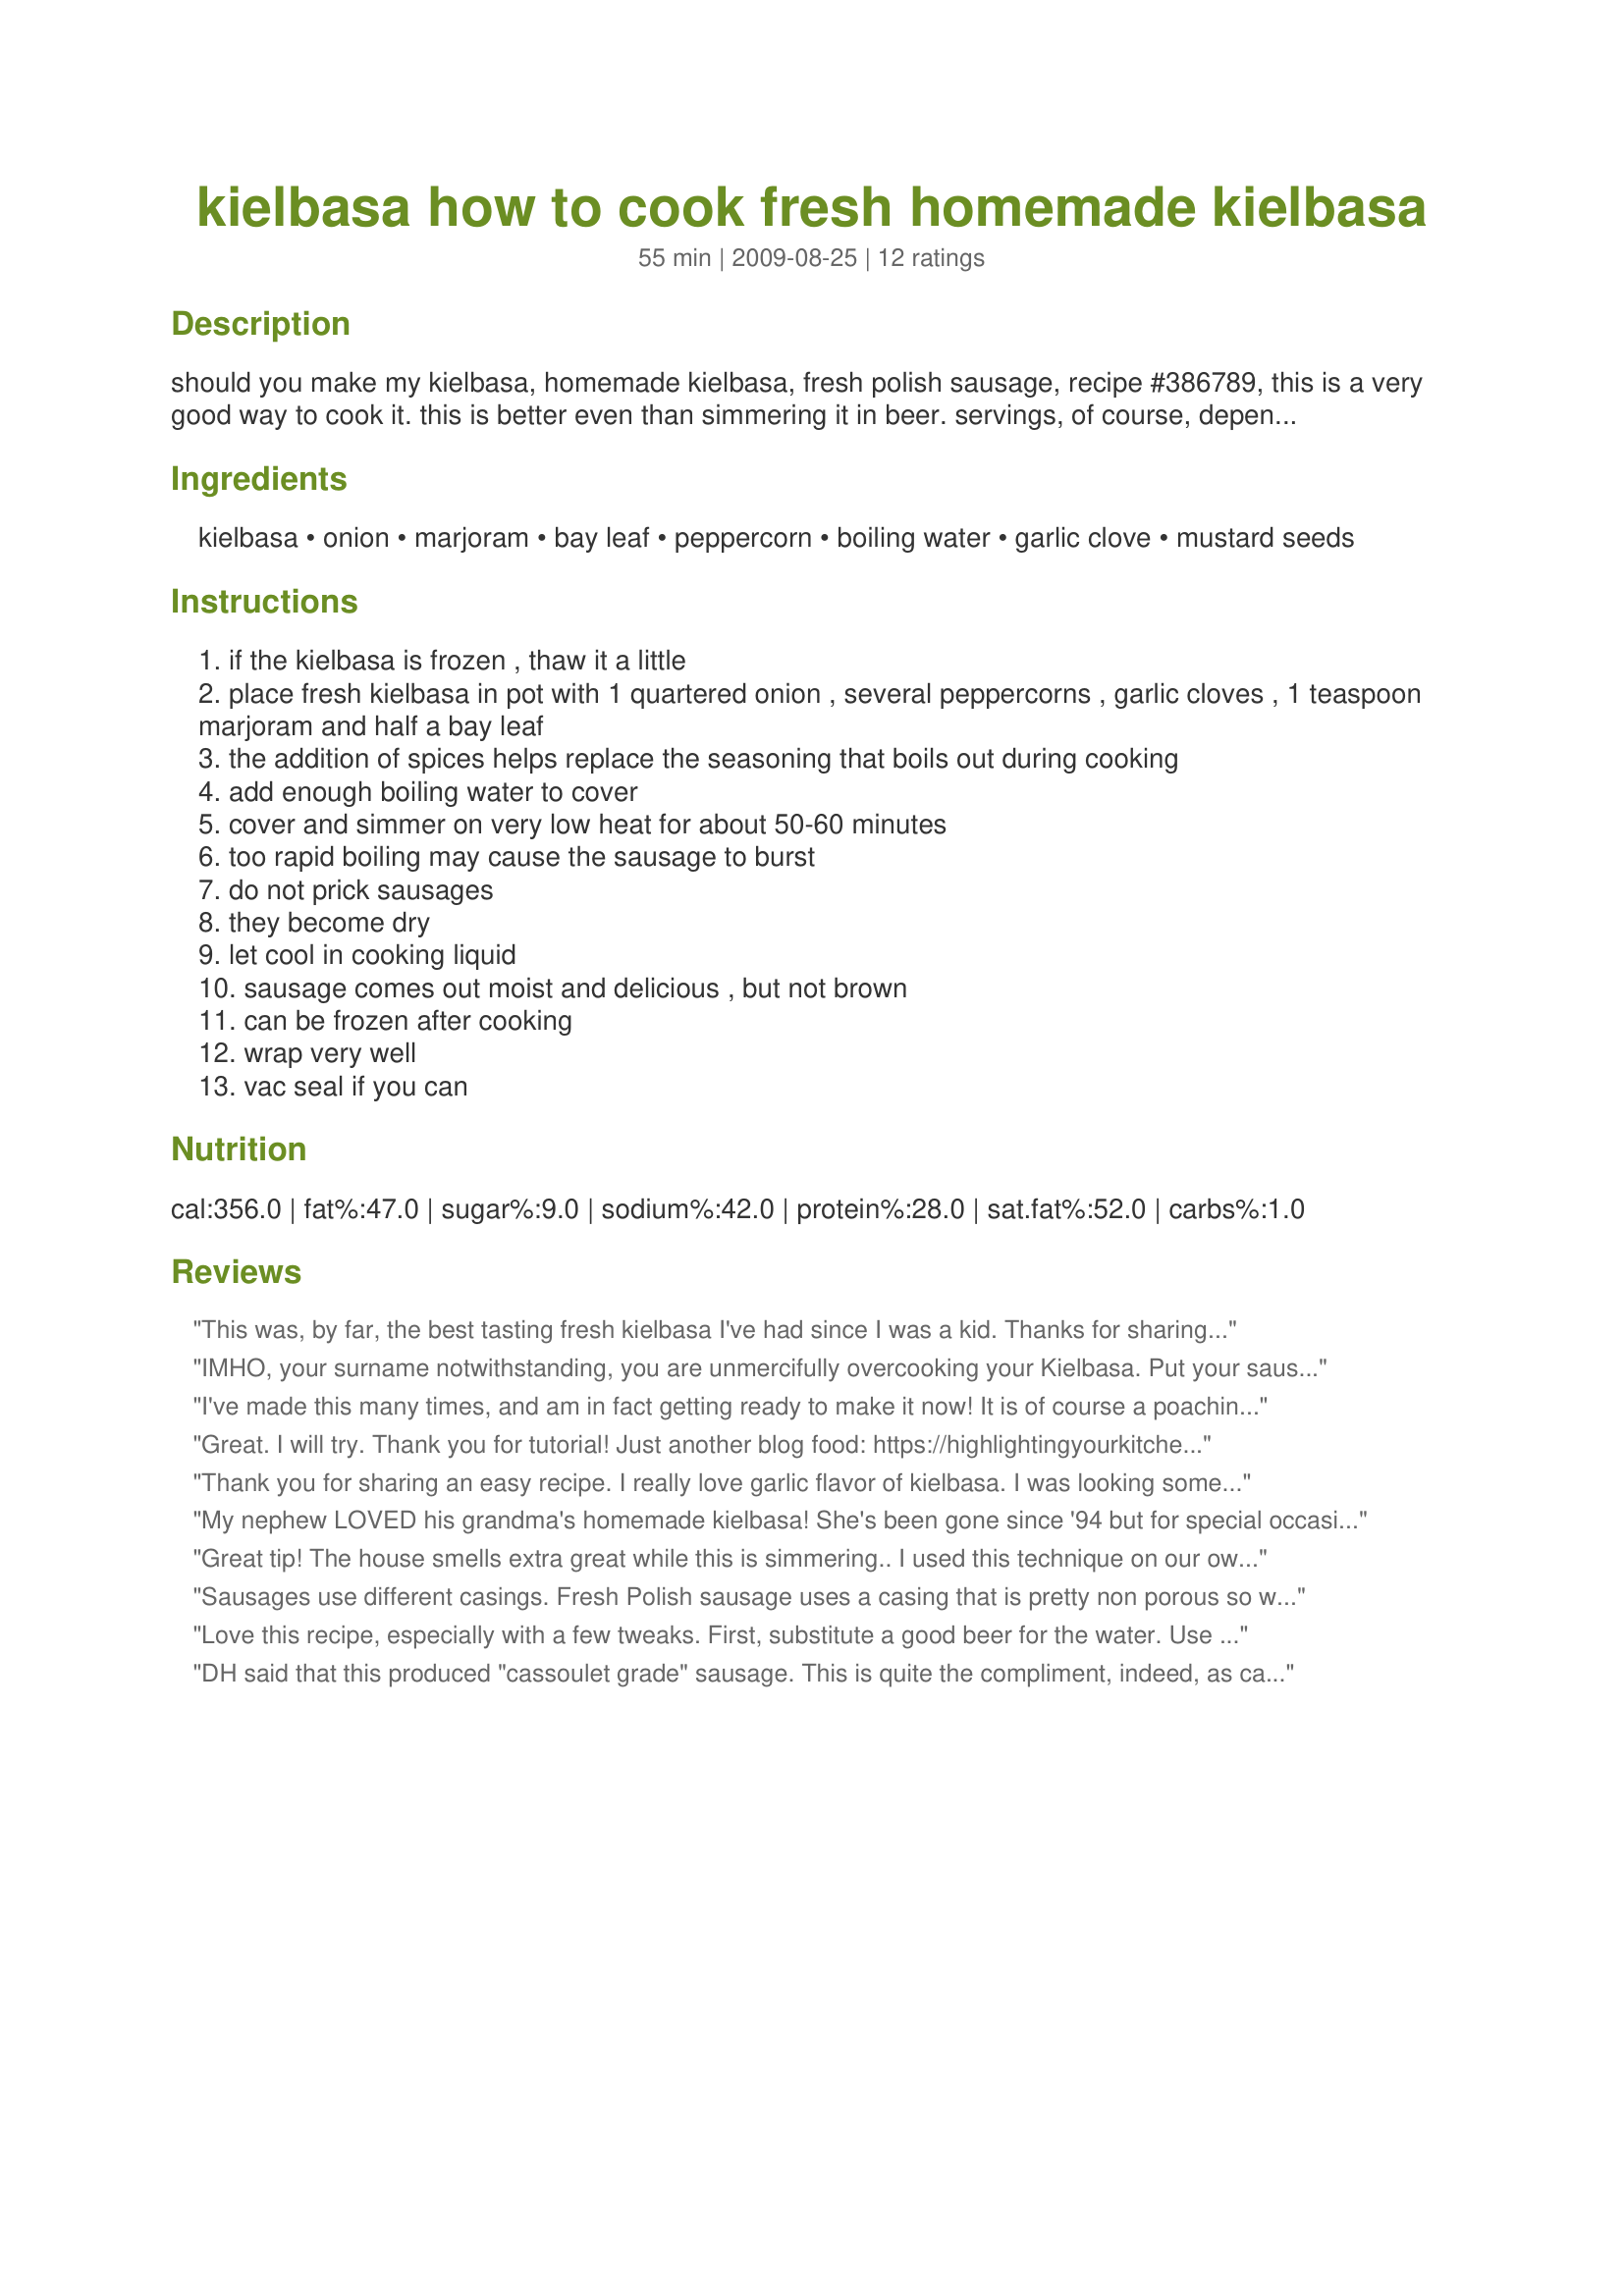
kielbasa how to cook fresh homemade kielbasa
Preparation time: 55 minutes

should you make my kielbasa, homemade kielbasa, fresh polish sausage, recipe #386789, this is a very good way to cook it. this is better even than simmering it in beer. servings, of course, depend on the amount you are cooking! as to cooking time, remember, this is raw pork; it requires sufficient cooking time.

Ingredients:
kielbasa, onion, marjoram, bay leaf, peppercorn, boiling water, garlic clove, mustard seeds

Steps:
if the kielbasa is frozen , thaw it a little
place fresh kielbasa in pot with 1 quartered onion , several peppercorns , garlic cloves , 1 teaspoon marjoram and half a bay leaf
the addition of spices helps replace the seasoning that boils out during cooking
add enough boiling water to cover
cover and simmer on very low heat for about 50-60 minutes
too rapid boiling may cause the sausage to burst
do not prick sausages
they become dry
let cool in cooking liquid
sausage comes out moist and delicious , but not brown
can be frozen after cooking
wrap very well
vac seal if you can

Reviews:
This was, by far, the best tasting fresh kielbasa I've had since I was a kid. Thanks for sharing. I'm from a large family and they all got to taste it with some fresh Polish rye bread. Superb reviews! I'll be cooking the kielbasa for my family again this Christmas!
IMHO, your surname notwithstanding, you are unmercifully overcooking your Kielbasa. Put your sausage in water (with whatever), bring water to a boil and simmer for about 20 minutes. Those who have not been doing it this way are eating seasoned. cardboard. Try it, it's certainly easy to sample
I've made this many times, and am in fact getting ready to make it now! It is of course a poaching method so the simmer should be barely detectable. I love the way the meat turns out, very tender and with a gelatinous quality. Excellent!
Great. I will try. Thank you for tutorial! Just another blog food: https://highlightingyourkitchen.com
Thank you for sharing an easy recipe. I really love garlic flavor of kielbasa. I was looking some more ways to cook a fresh homemade Kielbasa and stumble upon this post. They show 3 more ways to cook fresh Kielbasa. Hope it's useful for you. https://nomealnohealth.com/how-to-cook-fresh-kielbasa/
My nephew LOVED his grandma's homemade kielbasa! She's been gone since '94 but for special occasions we buy it fresh from a local butcher shop. It's not my mom's, but it will pass. I bought some for Mother's day and used this method to cook it - YUM! I used the marjoram (that was the secret ingredient when she made her sausage) and it added a great savory taste! Despite the reviewer who compared this to cardboard, this is fresh, nonsmoked pork and needs to be cooked for an hour to be cooked well! Your added ingredients made this just like Mom's! This is the method I will use from now on. Thanks for posting Jezski. Made for Zaar Cookbook Tag.
Great tip! The house smells extra great while this is simmering.. I used this technique on our own homemade Polish sausage, but I can't wait to try yours next..
Sausages use different casings. Fresh Polish sausage uses a casing that is pretty non porous so water is great for polish sausage but not necessarily for others. When I make it what I do is put the sausage in a pan and then fill water just to cover the sausage. Bring it to a boil and let it boil until the water is gone. Turn the heat down a bit and then fry until browned on both sides. I think the browning adds to the flavor.
Love this recipe, especially with a few tweaks. First, substitute a good beer for the water. Use something malty and sweeter, without too much of the bitter hops. Wheat beers, sweet dark ales, and marzens (Oktoberfest) work particularly well. Second, you only need to gently simmer the Kielbasa for about 30 minutes. Then let it cool for a bit in the liquid. Finally, throw it on the grill on a low heat to lightly brown the outside. Your Kielbasa will be tender and flavorful inside, with a lightly crispy crust on the outside. One of our favorite recipes!
DH said that this produced "cassoulet grade" sausage. This is quite the compliment, indeed, as cassoulet is one of his favorite dishes. As it simmered, my kids and husband kept commenting on how good it smelled in the house. I used a 1lb fresh kielbasa and, afterwards, browned it in a cast iron skillet. Prepared for last night's dinner Recipe #58823. It was enjoyed by all. Thank you. Oh, and the next time I do cook cassoulet, I'll be sure to use your method!
I can&#039;t believe I haven&#039;t rated this yet!!! I&#039;ve used this to cook fresh kielbasa, polish sausage &amp; potato sausage....even fresh bratwurst, but used beer instead of water...YUM!!! GREAT recipe...THANKS for sharing!!!
i started getting fresh local kielbasa and had no clue how to cook it..i've used this recipe for 2 yrs now with the marjoram..i've followed directions exactly, this is delicious..i do use this to cook it and then use the sausage for different recipes in slow cooker, going to try now in the pressure cooker with sauerkraut...haven't tried the grill yet...i am going to try the suggestions for the beer instead of water this time..it definitely hasn't turned out like cardboard!
